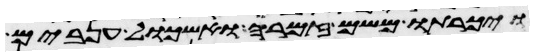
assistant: ויכרתו משם זמרה ואשכול ענבים